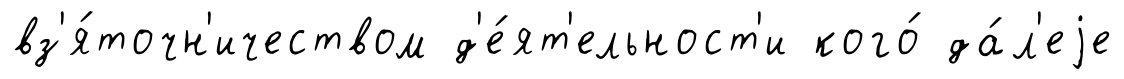
вз'я́точн'ичеством д'е́ят'ельност'и кого́ да́л'еjе